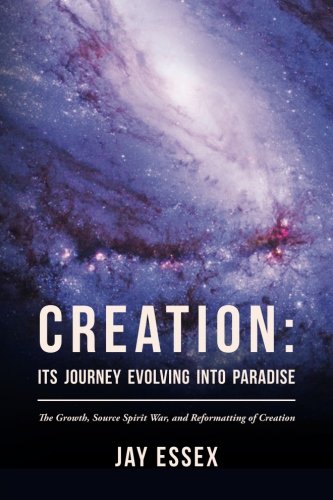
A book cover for Creation: Its Journey Evolving Into Paradise: The Growth, Source Spirit War, and Reformatting of Creation (The Creation Series); Jay Essex; Religion & Spirituality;